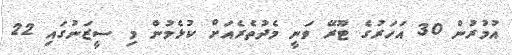
އުމުރުން 30 އަހަރުގެ ޓޫރޭ ވަނީ މެދުތެރެއަށް ކުޅެމުން މި ސީޒަނުގައި 22